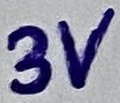
Text: 3V